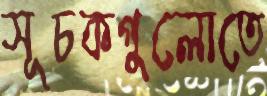
সূচকগুলোতে